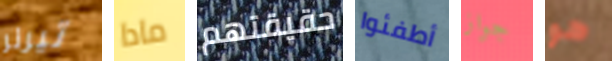
تيرنر مادا حقيقتهم أطفئوا جواز هو